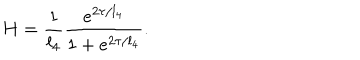
LaTeX: H = \frac { 1 } { l _ { 4 } } \frac { e ^ { 2 \tau / l _ { 4 } } } { 1 + e ^ { 2 \tau / l _ { 4 } } } .